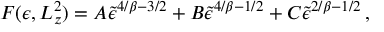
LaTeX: F ( \epsilon , L _ { z } ^ { 2 } ) = A \tilde { \epsilon } ^ { 4 / \beta - 3 / 2 } + B \tilde { \epsilon } ^ { 4 / \beta - 1 / 2 } + C \tilde { \epsilon } ^ { 2 / \beta - 1 / 2 } \, ,